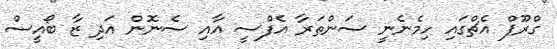
ގްރޫޕް އެޗްގައި ހިމެނެނީ ސަންތަރާ އެފްސީ އާއި ސެނޮން އަދި ޒާ ބޯއީސް